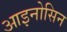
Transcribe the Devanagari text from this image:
आइनोसिन